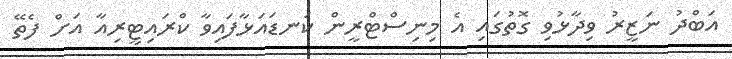
އަބްދު ނަޒީރު ވިދާޅުވި ގޮތުގައި އެ މިނިސްޓްރީން ކަނޑައަޅާފައިވާ ކްރައިޓީރިއާ އަށް ފެތޭ